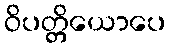
ဝိပတ္တိယောပေ